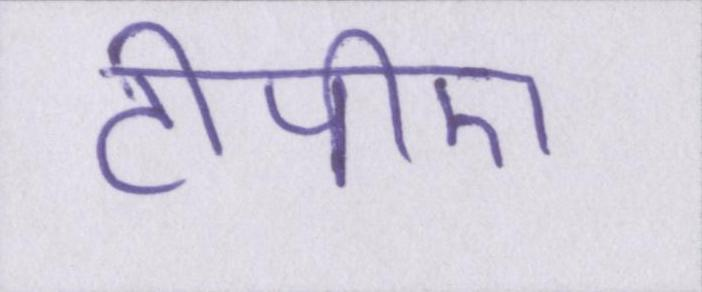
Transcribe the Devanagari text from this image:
टीपीए